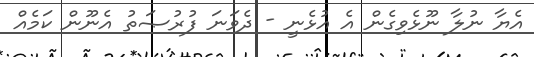
އެޔާ ނުލާ ނޫޅެވިގެން އެ އުޅެނީ - ދެވަނަ ފުރުޞަތު އެނޫން ކަމެއް